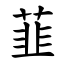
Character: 韮